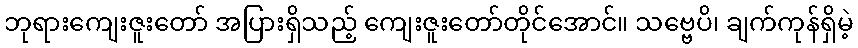
ဘုရားကျေးဇူးတော် အပြားရှိသည့် ကျေးဇူးတော်တိုင်အောင်။ သဗ္ဗေပိ၊ ချက်ကုန်ရှိမဲ့